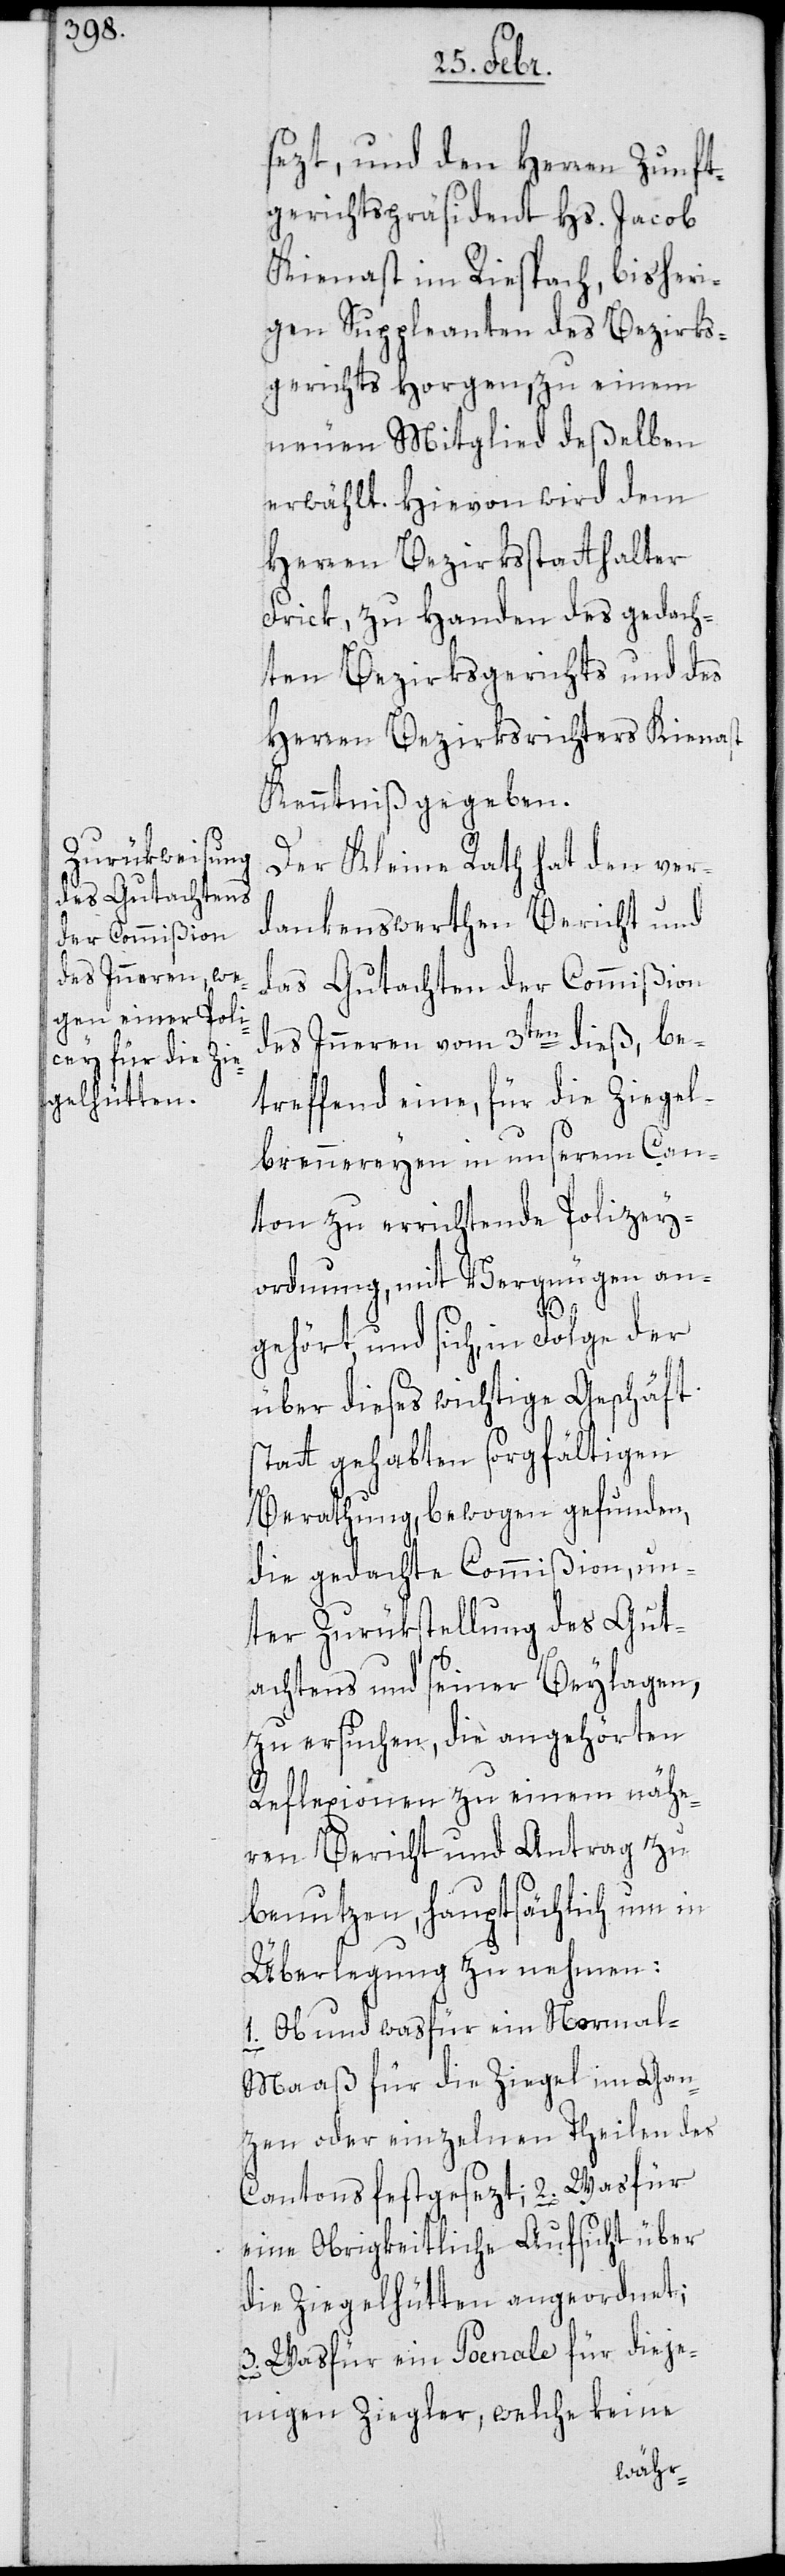
sezt, und den Herren Zunft¬
gerichtspräsident Hs. Jacob
Kienast im Riespach, bisheri¬
gen Suppleanten des Bezirks¬
gerichts Horgen, zu einem
neuen Mitglied deßelben
erwählt. Hievon wird dem
Herren Bezirksstatthalter
Frick, zu Handen des gedach¬
ten Bezirksgerichts und des
Herren Bezirksrichters Kienast
Kenntniß gegeben.
Der Kleine Rath hat den ver¬
dankenswerthen Bericht und
das Gutachten der Commißion
des Inneren vom 3ten dieß, be¬
treffend eine, für die Ziegel¬
brennereyen in unserem Can¬
ton zu errichtende Polizey¬
ordnung, mit Vergnügen an¬
gehört, und sich, in Folge der
über dieses wichtige Geschäft
statt gehabten sorgfältigen
Berathung, bewogen gefunden,
die gedachte Commißion un¬
ter Zurükstellung des Gut¬
achtens und seiner Beilagen,
zu ersuchen, die angehörten
Reflexionen zu einem nähe¬
ren Bericht und Antrag zu
benutzen, hauptsächlich um in
Überlegung zu nehmen:
1. Ob und was für ein Normal-M¬
aaß für die Ziegel im gan¬
zen oder einzelnen Theilen des
Cantons festgesezt; 2. Was für
eine Obrigkeitliche Aufsicht über
die Ziegelhütten angeordnet;
3. Was für ein Poenale für dieje¬
nigen Ziegler, welche keine